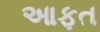
આફત